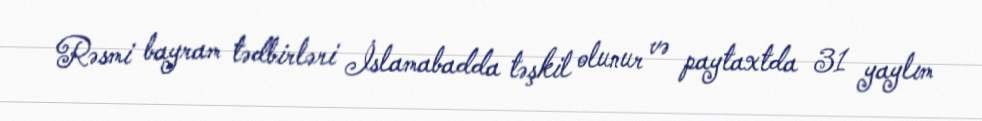
Rəsmi bayram tədbirləri İslamabadda təşkil olunur və paytaxtda 31 yaylım